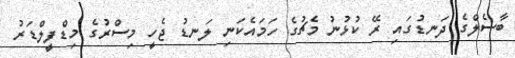
ބާސެލްގެ ދަނޑުގައި ރޭ ކުޅުނު މެޗުގެ ހަމައެކަނި ލަނޑު ޖެހީ މިސްރުގެ މިޑްފީލްޑަރު